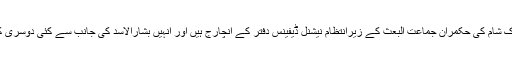
خیال رہے کہ میجنر جنرل علی مملوک شام کی حکمران جماعت البعث کے زیرانتظام نیشنل ڈیفینس دفتر کے انچارج ہیں اور انہیں بشارالاسد کی جانب سے کئی دوسری کلیدی ذمہ داریاں بھی سونپی گئی ہیں۔